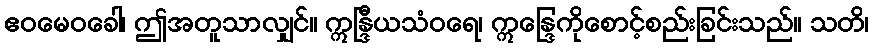
ဧဝမေဝခေါ၊ ဤအတူသာလျှင်။ ဣန္ဒြီယသံဝရေ၊ ဣန္ဒြေကိုစောင့်စည်းခြင်းသည်။ သတိ၊